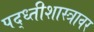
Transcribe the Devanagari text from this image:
पद्ध्तीशास्त्रावर